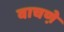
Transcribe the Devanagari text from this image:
वाचणे़